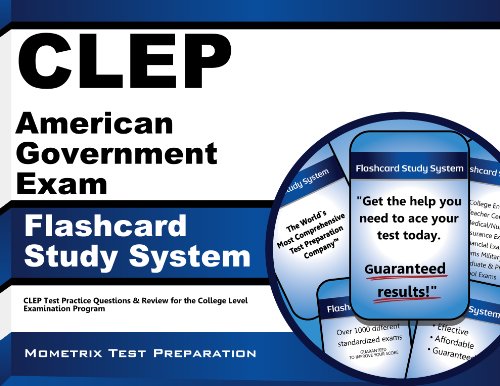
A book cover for CLEP American Government Exam Flashcard Study System: CLEP Test Practice Questions & Review for the College Level Examination Program (Cards); CLEP Exam Secrets Test Prep Team; Test Preparation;